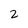
Character: 2